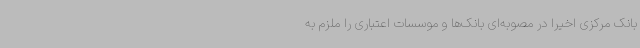
بانک مرکزی اخیرا در مصوبه‌ای بانک‌ها و موسسات اعتباری را ملزم به